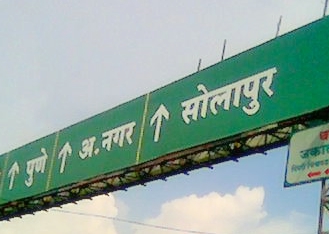
Language: marathi
Transcription: पुणे अ. सोलापूर नगर